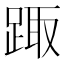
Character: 踙